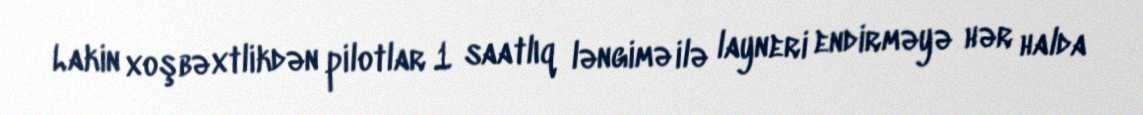
Lakin xoşbəxtlikdən pilotlar 1 saatlıq ləngimə ilə layneri endirməyə hər halda